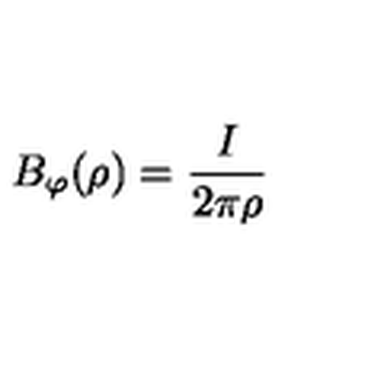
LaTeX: B _ { \varphi } ( \rho ) = \frac { I } { 2 \pi \rho }